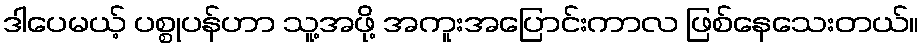
ဒါပေမယ့် ပစ္စုပန်ဟာ သူ့အဖို့ အကူးအပြောင်းကာလ ဖြစ်နေသေးတယ်။